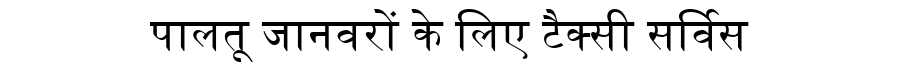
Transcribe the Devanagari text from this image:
पालतू जानवरों के लिए टैक्सी सर्विस